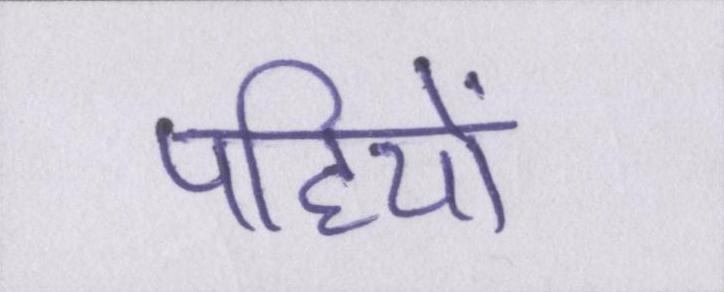
पहियों